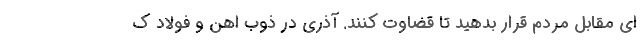
ای مقابل مردم قرار بدهید تا قضاوت کنند. آذری در ذوب اهن و فولاد ک